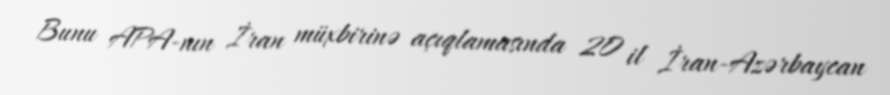
Bunu APA-nın İran müxbirinə açıqlamasında 20 il İran-Azərbaycan